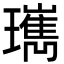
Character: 㼇